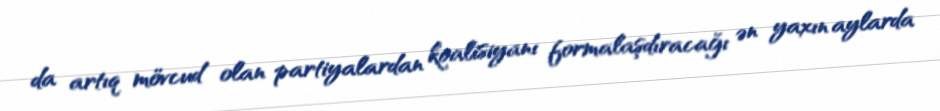
da artıq mövcud olan partiyalardan koalisiyanı formalaşdıracağı ən yaxın aylarda